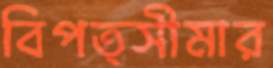
বিপত্সীমার